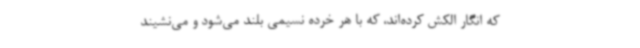
که انگار الکش کرده‌اند، که با هر خرده نسیمی بلند می‌شود و می‌نشیند